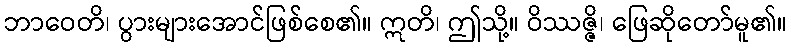
ဘာဝေတိ၊ ပွားများအောင်ဖြစ်စေ၏။ ဣတိ၊ ဤသို့။ ဝိဿဇ္ဇိ၊ ဖြေဆိုတော်မူ၏။